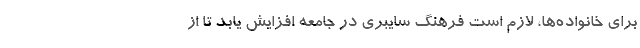
برای خانواده‌ها، لازم است فرهنگ سایبری در جامعه افزایش یابد تا از